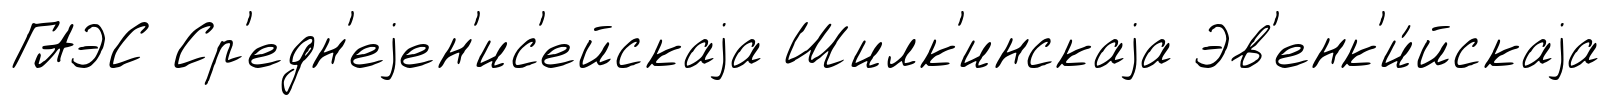
ГАЭС Ср'едн'еjен'ис'ейскаjа Шилк'инскаjа Эв'енк'и́йскаjа